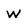
Character: w